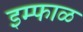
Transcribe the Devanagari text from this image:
इम्फाळ